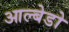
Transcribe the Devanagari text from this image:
आल्बेडो